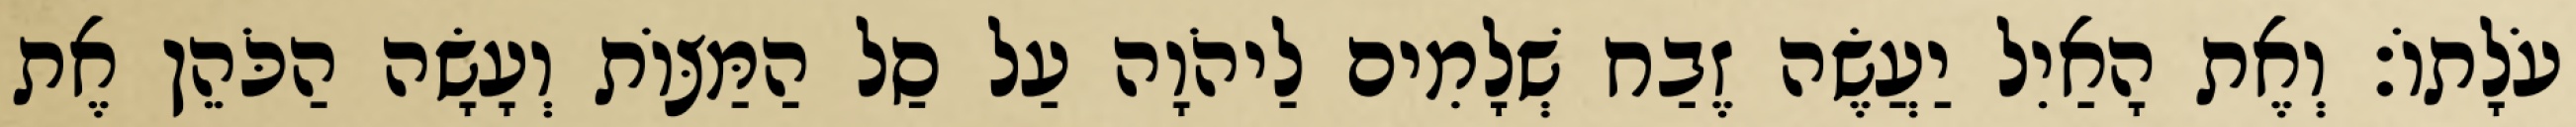
עֹלָתוֹ׃ וְאֶת הָאַיִל יַעֲשֶׂה זֶבַח שְׁלָמִים לַיהֹוָה עַל סַל הַמַּצּוֹת וְעָשָׂה הַכֹּהֵן אֶת